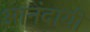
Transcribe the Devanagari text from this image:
आनंदायी